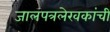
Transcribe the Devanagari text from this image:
जालपत्रलेखकांची